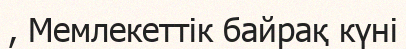
, Мемлекеттік байрақ күні